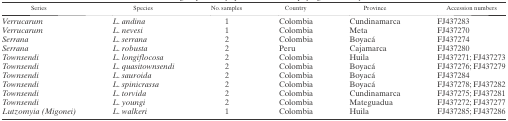
<table><thead><tr><td><b>Series</b></td><td><b>Species</b></td><td><b>No. samples</b></td><td><b>Country</b></td><td><b>Province</b></td><td><b>Accession numbers</b></td></tr></thead><tbody><tr><td><i>Verrucarum</i></td><td><i>L. andina</i></td><td>1</td><td>Colombia</td><td>Cundinamarca</td><td>FJ437283</td></tr><tr><td><i>Verrucarum</i></td><td><i>L. nevesi</i></td><td>1</td><td>Colombia</td><td>Meta</td><td>FJ437270</td></tr><tr><td><i>Serrana</i></td><td><i>L. serrana</i></td><td>2</td><td>Colombia</td><td>Boyacá</td><td>FJ437274</td></tr><tr><td><i>Serrana</i></td><td><i>L. robusta</i></td><td>2</td><td>Peru</td><td>Cajamarca</td><td>FJ437280</td></tr><tr><td><i>Townsendi</i></td><td><i>L. longiflocosa</i></td><td>2</td><td>Colombia</td><td>Huila</td><td>FJ437271; FJ437273</td></tr><tr><td><i>Townsendi</i></td><td><i>L. quasitownsendi</i></td><td>2</td><td>Colombia</td><td>Boyacá</td><td>FJ437276; FJ437279</td></tr><tr><td><i>Townsendi</i></td><td><i>L. sauroida</i></td><td>2</td><td>Colombia</td><td>Boyacá</td><td>FJ437284</td></tr><tr><td><i>Townsendi</i></td><td><i>L. spinicrassa</i></td><td>2</td><td>Colombia</td><td>Boyacá</td><td>FJ437278; FJ437282</td></tr><tr><td><i>Townsendi</i></td><td><i>L. torvida</i></td><td>2</td><td>Colombia</td><td>Cundinamarca</td><td>FJ437275; FJ437281</td></tr><tr><td><i>Townsendi</i></td><td><i>L. youngi</i></td><td>2</td><td>Colombia</td><td>Mateguadua</td><td>FJ437272; FJ437277</td></tr><tr><td><i>Lutzomyia (Migonei)</i></td><td><i>L. walkeri</i></td><td>1</td><td>Colombia</td><td>Huila</td><td>FJ437285; FJ437286</td></tr></tbody></table>